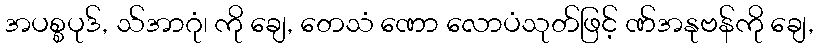
အပစ္စပုဒ်, သ်အာဂုံ၊ ကို ချေ, တေသံ ဏော လောပံသုတ်ဖြင့် ဏ်အနုဗန်ကို ချေ,